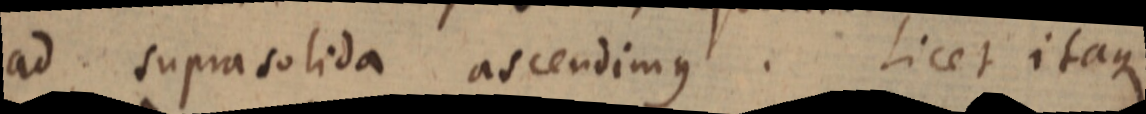
ad suprasolida ascendimus. Licet itaque